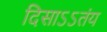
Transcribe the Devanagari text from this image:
दिसाऽऽतंय